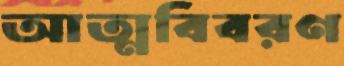
আত্মবিবরণ